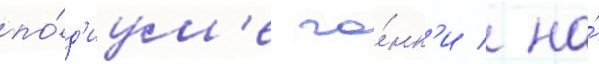
по́д'иум'е го́нк'и / на́